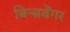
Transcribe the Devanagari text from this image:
बिन्सवेंगर